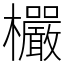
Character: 欕